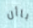
باأن